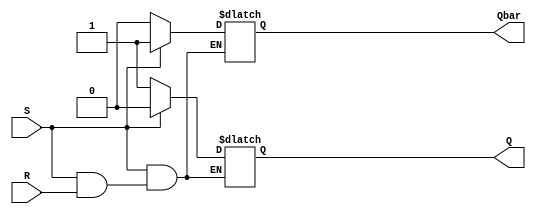
module sr_flipflop (
    input S,
    input R,
    output reg Q,
    output reg Qbar
);

always @* begin
    if (S == 0) begin
        Q = 1;
        Qbar = 0;
    end
    else if (R == 0) begin
        Q = 0;
        Qbar = 1;
    end
end

endmodule